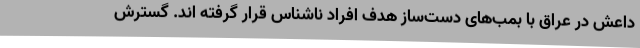
داعش در عراق با بمب‌های دست‌ساز هدف افراد ناشناس قرار گرفته اند. گسترش